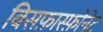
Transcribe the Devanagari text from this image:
बिसफ़ास्फ़ोनेट